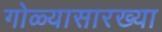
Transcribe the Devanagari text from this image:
गोळ्यासारख्या